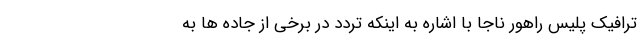
ترافیک پلیس راهور ناجا با اشاره به اینکه تردد در برخی از جاده ها به